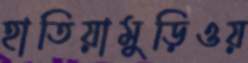
হাতিয়ামুড়িওয়